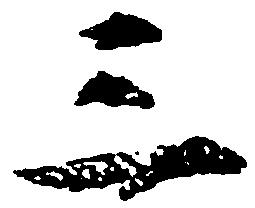
三